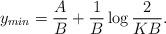
LaTeX: \begin{align*} y_{min}=\frac{A}{B}+\frac{1}{B}\log \frac{2}{K B}.\end{align*}